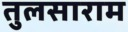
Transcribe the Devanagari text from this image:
तुलसाराम